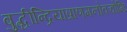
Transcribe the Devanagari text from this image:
बुद्धीन्द्रियाप्राणमनोवचोभिः